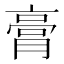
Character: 膏